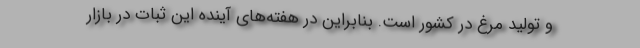
و تولید مرغ در کشور است. بنابراین در هفته‌های آینده این ثبات در بازار